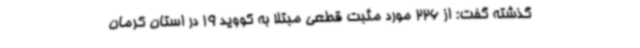
گذشته گفت: از 226 مورد مثبت قطعی مبتلا به کووید 19 در استان کرمان